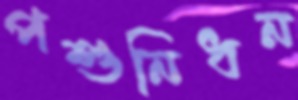
পশুনিধন